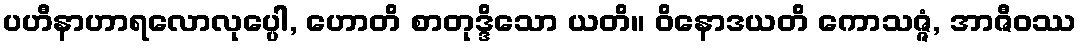
ပဟီနာဟာရလောလုပ္ပေါ, ဟောတိ စာတုဒ္ဒိသော ယတိ။ ဝိနောဒယတိ ကောသဇ္ဇံ, အာဇီဝဿ